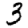
Digit: 3